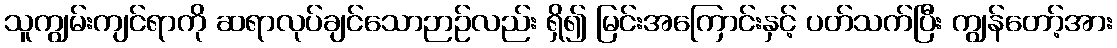
သူကျွမ်းကျင်ရာကို ဆရာလုပ်ချင်သောဉာဉ်လည်း ရှိ၍ မြင်းအကြောင်းနှင့် ပတ်သက်ပြီး ကျွန်တော့်အား